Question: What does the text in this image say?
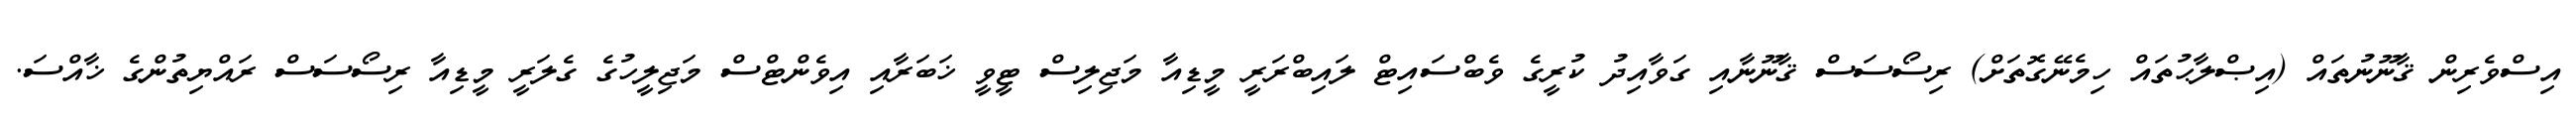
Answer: އިސްވެރިން ޤާނޫނުތައް (އިޞްލާޙުތައް ހިމެނޭގޮތަށް) ރިސޯސަސް ޤާނޫނާއި ގަވާއިދު ކުރީގެ ވެބްސައިޓް ލައިބްރަރީ މީޑިއާ މަޖިލިސް ޓީވީ ޚަބަރާއި އިވެންޓްސް މަޖިލީހުގެ ގެލަރީ މީޑިއާ ރިސޯސަސް ރައްޔިތުންގެ ޚާއްސަ.